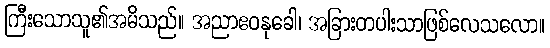
ကြီးသောသူ၏အမိသည်။ အညာဧဝနုခေါ၊ အခြားတပါးသာဖြစ်လေသလော။